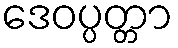
ဒေဝပ္ပတ္တာ